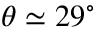
\theta \simeq 2 9 ^ { \circ }